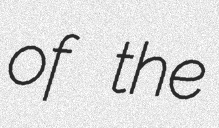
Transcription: of the